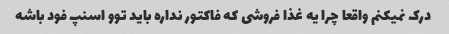
درک نمیکنم واقعا چرا یه غذا فروشی که فاکتور نداره باید توو اسنپ فود باشه